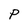
Character: P